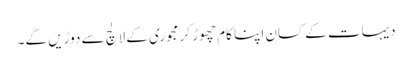
دیہات کے کسان اپنا کام چھوڑ کر مجوری کے لالچ سے دوڑیں گے۔